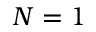
N = 1